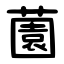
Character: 薗